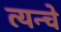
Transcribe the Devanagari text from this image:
त्यन्चे